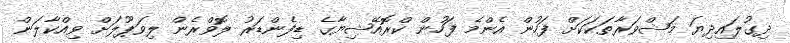
ދިގުލައިދިޔަ މަޝްވަރާތަކަކަށް ފަހުން އެންމެ ފަހުން ކްރޮއޭޝިޔާގެ ޑިފެންޑަރު ލޮވްރެން ލިވަޕޫލަށް ވިއްކާލަން